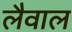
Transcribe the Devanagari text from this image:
लैवाल